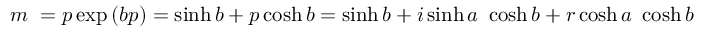
m ~ = p \exp { ( b p ) } = \sinh b + p \cosh b = \sinh b + i \sinh a ~ \cosh b + r \cosh a ~ \cosh b